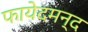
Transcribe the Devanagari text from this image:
फायेदमन्द